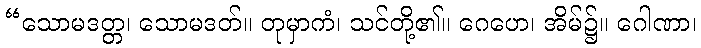
“သောမဒတ္တ၊ သောမဒတ်။ တုမှာကံ၊ သင်တို့၏။ ဂေဟေ၊ အိမ်၌။ ဂေါဏာ၊